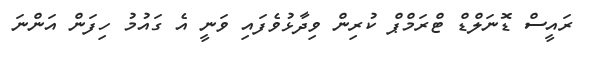
ރައީސް ޑޮނަލްޑް ޓްރަމްްޕް ކުރިން ވިދާޅުވެފައި ވަނީ އެ ގައުމު ހިފަން އަންނަ